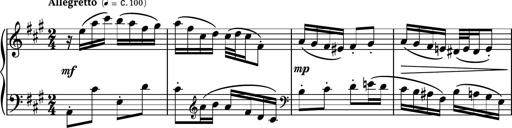
Title: Piano Sonatina No.6
Composer: Dimitri Sykias
Key: A major